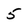
Character: 5